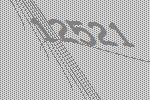
12521